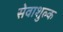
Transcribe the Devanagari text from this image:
सेवाशुल्क